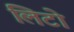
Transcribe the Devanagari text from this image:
लिटो